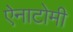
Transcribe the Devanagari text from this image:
ऐनाटोमी